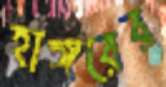
হাঙ্গরের